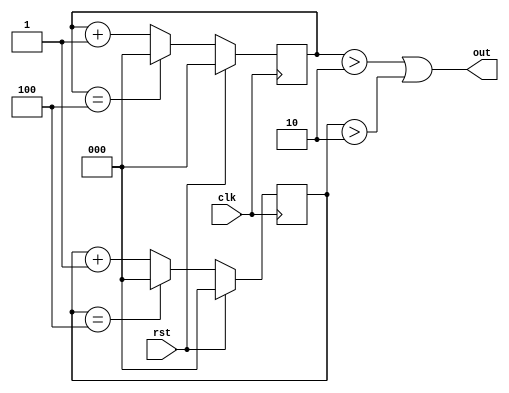
`timescale 1ns / 1ps
//////////////////////////////////////////////////////////////////////////////////
// Company: 
// Engineer: 
// 
// Design Name: 
// Module Name: freq_div_5
// Project Name: 
// Target Devices: 
// Tool Versions: 
// Description: 
// 
// Dependencies: 
// 
// Revision:
// Revision 0.01 - File Created
// Additional Comments:
// 
//////////////////////////////////////////////////////////////////////////////////


module freq_div_5(clk,rst,out);
input clk,rst;
output out;
parameter width =3;
parameter N=5;
reg[width-1:0]count1,count2;
always@(posedge clk)
if(rst)
count1<=0;
else if(count1 ==N-1)count1<=0;
else count1<=count1+1;

always@(negedge clk)
if(rst)
count2<=0;
else if(count2==N-1)count2<=0;
else
count2<=count2+1;
assign out=((count1>(N>>1))|(count2>(N>>1)));


endmodule